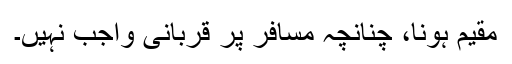
مقیم ہونا، چنانچہ مسافر پر قربانی واجب نہیں۔